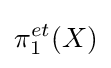
\pi _{1}^{et}(X)